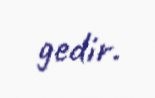
gedir.